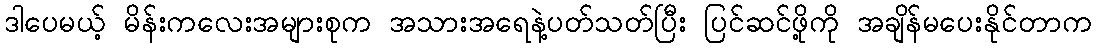
ဒါပေမယ့် မိန်းကလေးအများစုက အသားအရေနဲ့ပတ်သတ်ပြီး ပြင်ဆင်ဖို့ကို အချိန်မပေးနိုင်တာက